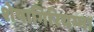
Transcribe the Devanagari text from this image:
शेषागिरियम्मा